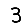
Digit: 3